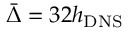
\bar { \Delta } = 3 2 h _ { \mathrm { { D N S } } }